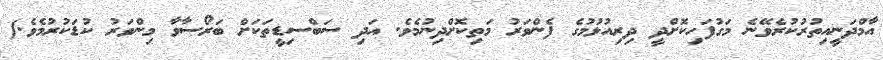
އާމްދަނީއިތުރުކުރެވޭނެ މަގުފަހިކޮށްދީ ދިރިއުޅުމުގެ ފެންވަރު މަތިކޮށްދިނުމެވެ. އަދި ސަބްސިޑީތަކަށް ބަރޯސާވާ މިންވަރު ކުޑަކުރުމެވެ.)